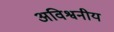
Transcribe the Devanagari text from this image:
अविश्वनीय